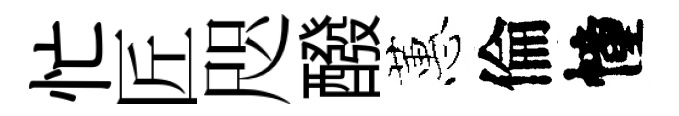
忙匠咫醱蕙倫幢